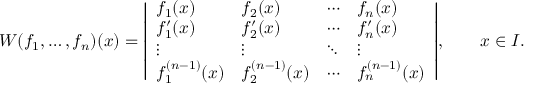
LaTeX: W ( f _ { 1 } , \ldots , f _ { n } ) ( x ) = { \left| \begin{array} { l l l l } { f _ { 1 } ( x ) } & { f _ { 2 } ( x ) } & { \cdots } & { f _ { n } ( x ) } \\ { f _ { 1 } ^ { \prime } ( x ) } & { f _ { 2 } ^ { \prime } ( x ) } & { \cdots } & { f _ { n } ^ { \prime } ( x ) } \\ { \vdots } & { \vdots } & { \ddots } & { \vdots } \\ { f _ { 1 } ^ { ( n - 1 ) } ( x ) } & { f _ { 2 } ^ { ( n - 1 ) } ( x ) } & { \cdots } & { f _ { n } ^ { ( n - 1 ) } ( x ) } \end{array} \right| } , \qquad x \in I .